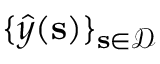
\{ \boldsymbol { { \widehat { y } } } ( \mathbf { s } ) \} _ { \mathbf { s } \in \mathcal { D } }